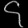
Digit: ၄